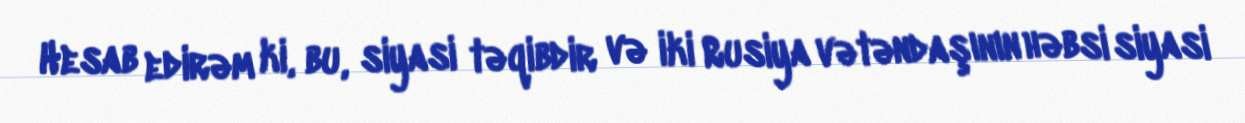
Hesab edirəm ki, bu, siyasi təqibdir və iki Rusiya vətəndaşının həbsi siyasi